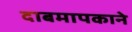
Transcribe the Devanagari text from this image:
दाबमापकाने